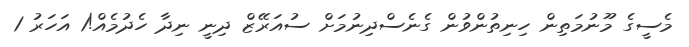
މެސީގެ މޫނުމަތިން ހިނިތުންވުން ގެނެސްދިނުމަށް ސުއަރޭޒް ދިނީ ނިދާ ހެދުމެއް!1 އަހަރު 1